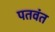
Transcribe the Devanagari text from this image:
पतवंत